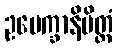
ဥပေက္ခာနိမိတ္တံ